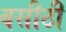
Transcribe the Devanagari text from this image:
बसीठी